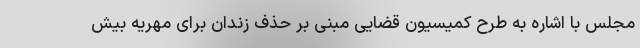
مجلس با اشاره به طرح کمیسیون قضایی مبنی بر حذف زندان برای مهریه بیش